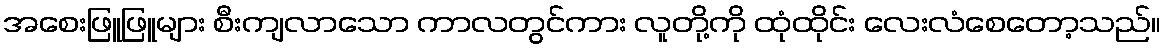
အစေးဖြူဖြူများ စီးကျလာသော ကာလတွင်ကား လူတို့ကို ထုံထိုင်း လေးလံစေတော့သည်။